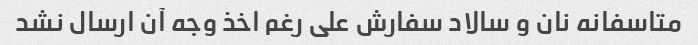
متاسفانه نان و سالاد سفارش علی رغم اخذ وجه آن ارسال نشد